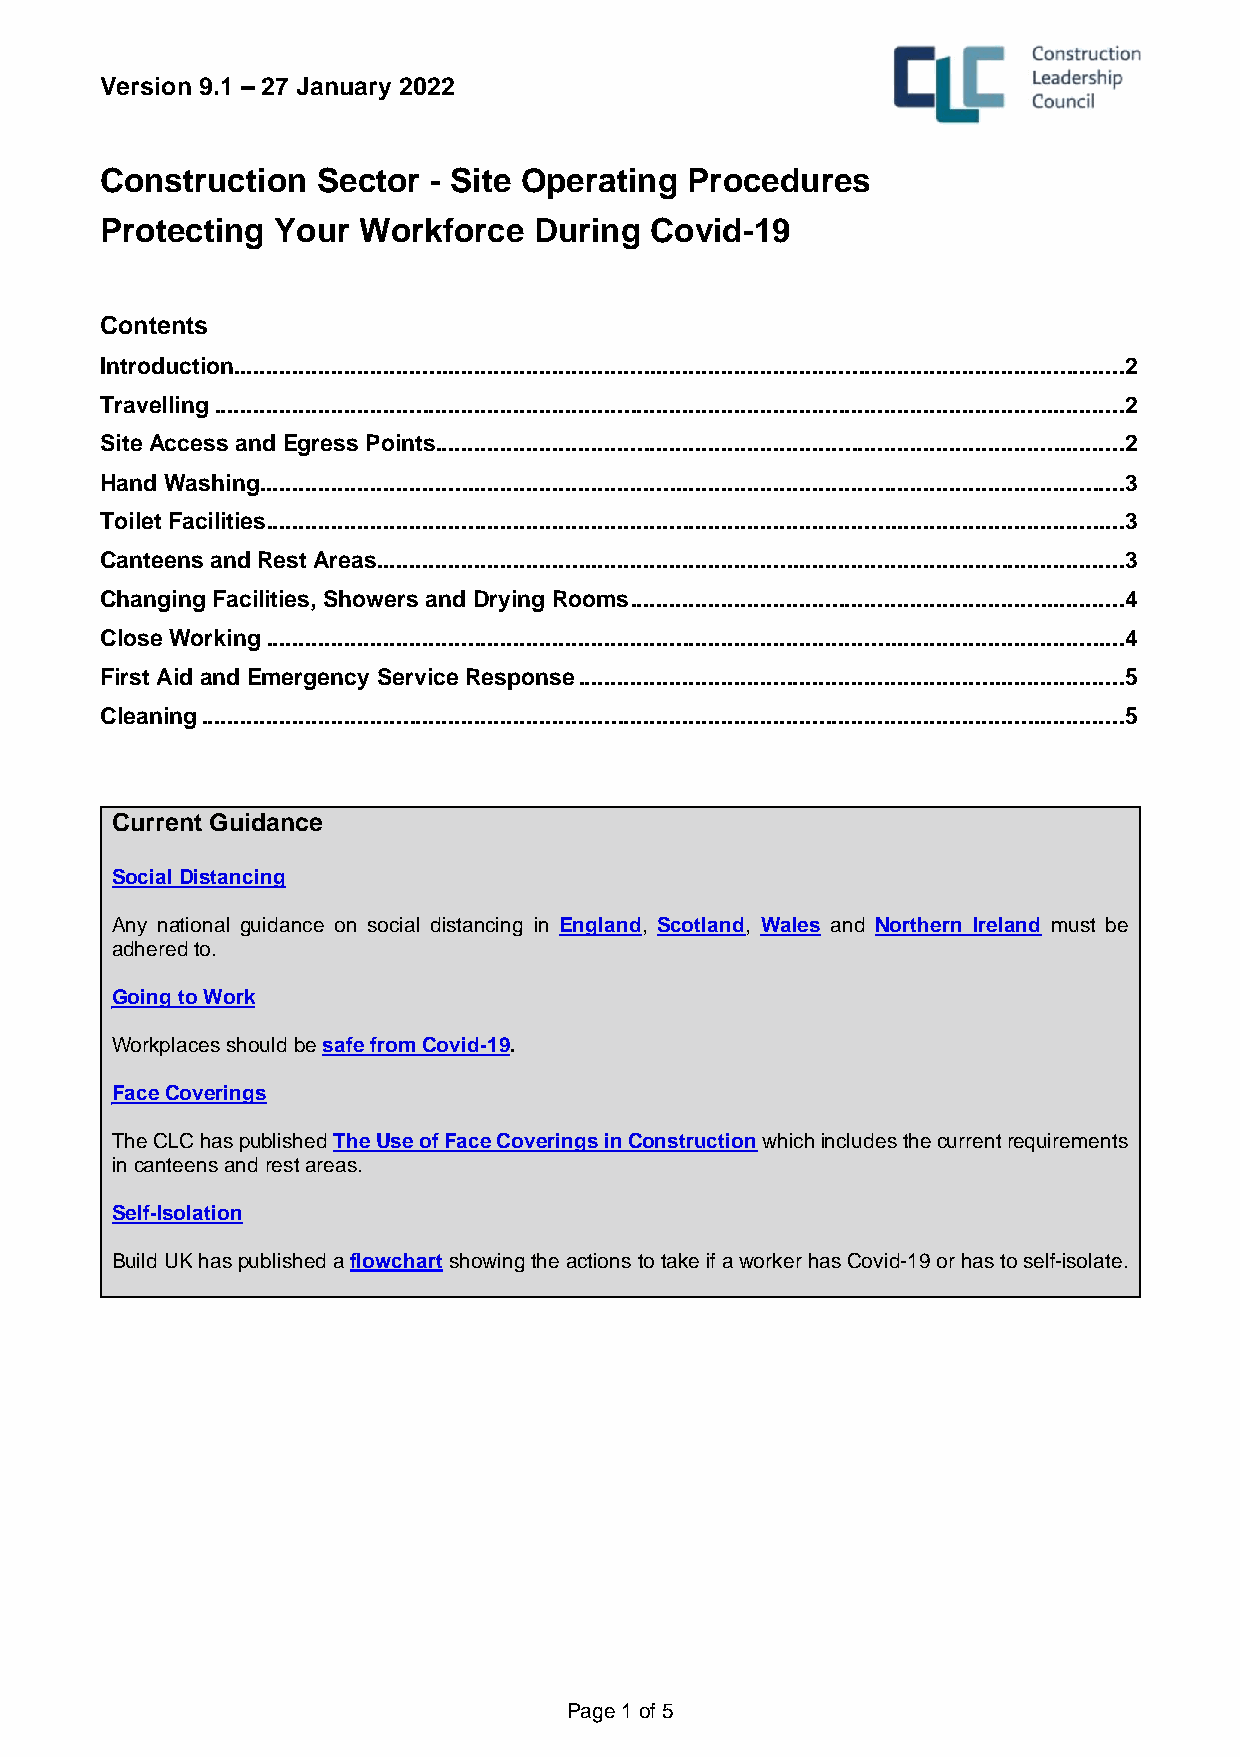
Version 9.1 – 27 January 2022
 Construction  Sector - Site Operating Procedures
 Protecting Your  Workforce  During  Covid-19
 Contents
 Introduction ......................................................................................................................................... 2
 Travelling ............................................................................................................................................ 2
 Site Access and Egress Points .......................................................................................................... 2
 Hand Washing ..................................................................................................................................... 3
 Toilet Facilities .................................................................................................................................... 3
 Canteens and Rest Areas ................................................................................................................... 3
 Changing Facilities, Showers and Drying Rooms ............................................................................ 4
 Close Working .................................................................................................................................... 4
 First Aid and Emergency Service Response .................................................................................... 5
 Cleaning .............................................................................................................................................. 5
 Current Guidance
 Social Distancing
 Any national guidance on social distancing in England, Scotland, Wales and Northern Ireland must be
 adhered to.
 Going to Work
 Workplaces should be safe from Covid-19.
 Face Coverings
 The CLC has published The Use of Face Coverings in Construction which includes the current requirements
 in canteens and rest areas.
 Self-Isolation
 Build UK has published a flowchart showing the actions to take if a worker has Covid-19 or has to self-isolate.
 Page 1 of 5